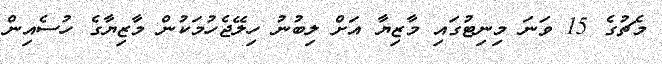
މެޗުގެ 15 ވަނަ މިނިޓުގައި މާޒިޔާ އަށް ލިބުނު ހިލޭޖެހުމަކުން މާޒިޔާގެ ހުސެއިން